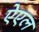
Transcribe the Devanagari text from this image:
ऐएल